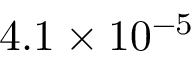
4 . 1 \times 1 0 ^ { - 5 }